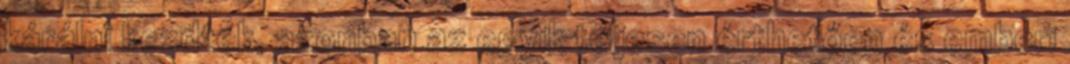
kárálni kezdtek, azonban az egyik teljesen érthetően és emberi